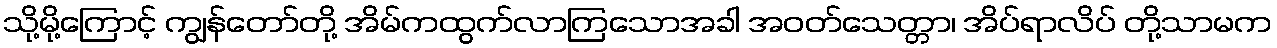
သို့မို့ကြောင့် ကျွန်တော်တို့ အိမ်ကထွက်လာကြသောအခါ အဝတ်သေတ္တာ၊ အိပ်ရာလိပ် တို့သာမက